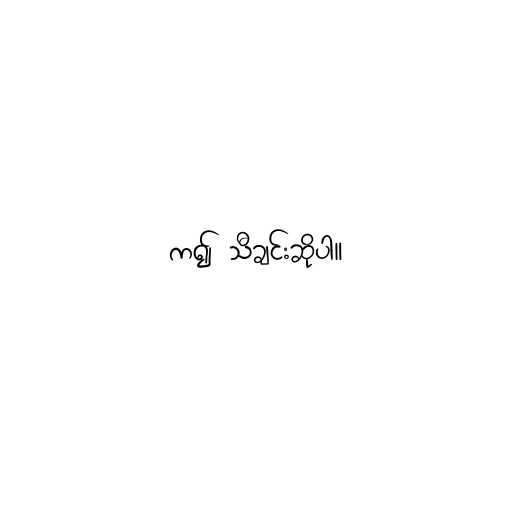
က၍ သီချင်းဆိုပါ။